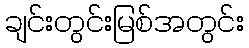
ချင်းတွင်းမြစ်အတွင်း